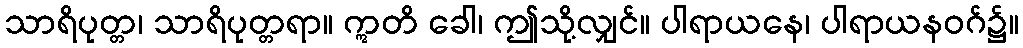
သာရိပုတ္တ၊ သာရိပုတ္တရာ။ ဣတိ ခေါ၊ ဤသို့လျှင်။ ပါရာယနေ၊ ပါရာယနဝဂ်၌။